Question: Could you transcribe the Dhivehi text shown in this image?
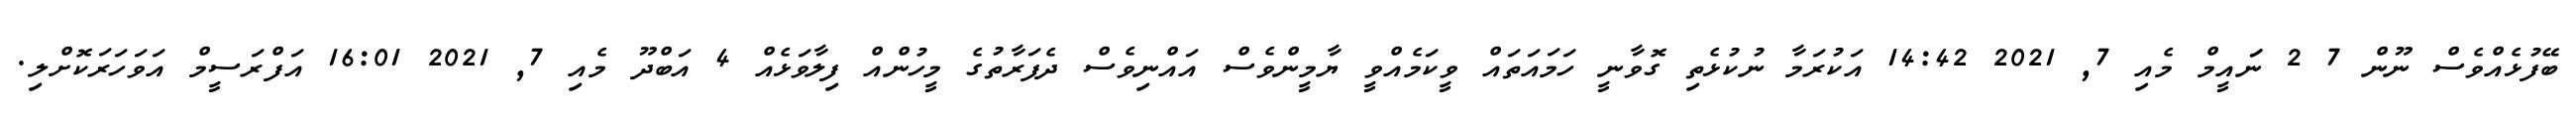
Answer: ބޭފުޅެއްވެސް ނޫން 7 2 ނަައީމް މެއި 7, 2021 14:42 އަކުރަމާ ނުކުޅެތި ގޮވާނީ ހަމައަތައް ވީކަމެއްވީ ޔާމީންވެސް އައްނިވެސް ދެފަރާތުގެ މީހުންއް ފިލާވަޅެއް 4 އަބްދޫ މެއި 7, 2021 16:01 އަފްރަސީމް އަވަހަރަކޮށްލި.